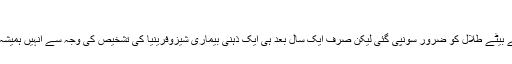
نئے اردنی بادشاہ کی ذہنی بیماری اور نا اہلی
شاہ عبداللہ کے قتل کے بعد اردن کی حکمرانی اُن کے بیٹے طلال کو ضرور سونپی گئی لیکن صرف ایک سال بعد ہی ایک ذہنی بیماری شیزوفرینیا کی تشخیص کی وجہ سے انہیں ہمیشہ ہمیشہ کے لیے حکومت سے نا اہل قرار دے دیا گیا۔